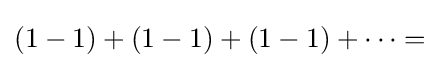
(1-1)+(1-1)+(1-1)+\cdots ={}